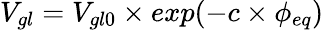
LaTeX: V_{gl}=V_{gl0}\times exp(-c\times\phi_{eq})